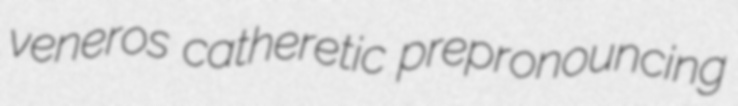
veneros catheretic prepronouncing